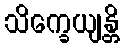
သိက္ခေယျန္တိ